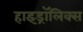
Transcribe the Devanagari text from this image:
हाइड्रॉलिक्स